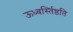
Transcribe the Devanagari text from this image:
ऊध्वर्स्तिष्ठति